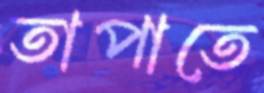
তাপাতে